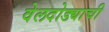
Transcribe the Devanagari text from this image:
वेलदोड्याची